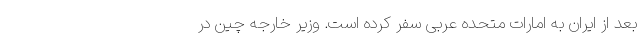
بعد از ایران به امارات متحده عربی سفر کرده است. وزیر خارجه چین در